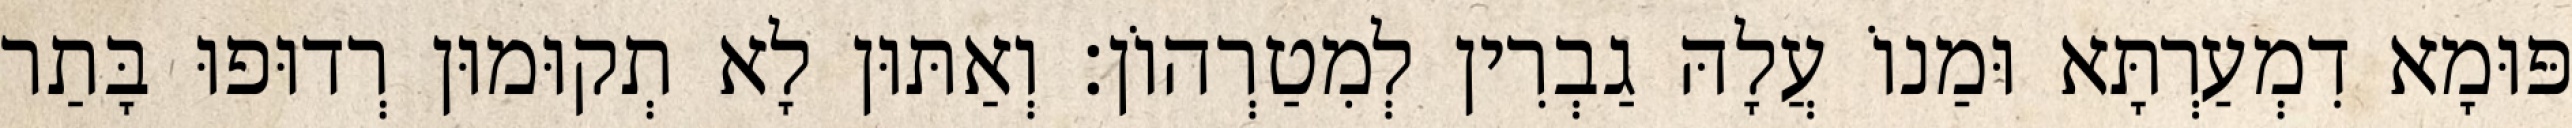
פּוּמָא דִמְעַרְתָּא וּמַנוֹ עֲלָהּ גַבְרִין לְמִטַרְהוֹן׃ וְאַתּוּן לָא תְקוּמוּן רְדוּפוּ בָּתַר